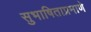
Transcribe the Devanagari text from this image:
सुभाषिताप्रमाणे